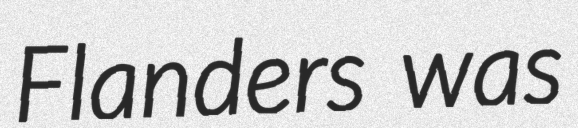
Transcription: Flanders was